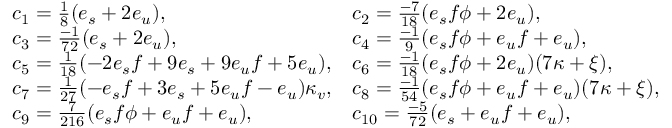
\begin{array} { l l } { { c _ { 1 } = { \frac { 1 } { 8 } } ( e _ { s } + 2 e _ { u } ) , } } & { { c _ { 2 } = { \frac { - 7 } { 1 8 } } ( e _ { s } f \phi + 2 e _ { u } ) , } } \\ { { c _ { 3 } = { \frac { - 1 } { 7 2 } } ( e _ { s } + 2 e _ { u } ) , } } & { { c _ { 4 } = { \frac { - 1 } { 9 } } ( e _ { s } f \phi + e _ { u } f + e _ { u } ) , } } \\ { { c _ { 5 } = { \frac { 1 } { 1 8 } } ( - 2 e _ { s } f + 9 e _ { s } + 9 e _ { u } f + 5 e _ { u } ) , } } & { { c _ { 6 } = { \frac { - 1 } { 1 8 } } ( e _ { s } f \phi + 2 e _ { u } ) ( 7 \kappa + \xi ) , } } \\ { { c _ { 7 } = { \frac { 1 } { 2 7 } } ( - e _ { s } f + 3 e _ { s } + 5 e _ { u } f - e _ { u } ) \kappa _ { v } , } } & { { c _ { 8 } = { \frac { - 1 } { 5 4 } } ( e _ { s } f \phi + e _ { u } f + e _ { u } ) ( 7 \kappa + \xi ) , } } \\ { { c _ { 9 } = { \frac { 7 } { 2 1 6 } } ( e _ { s } f \phi + e _ { u } f + e _ { u } ) , } } & { { c _ { 1 0 } = { \frac { - 5 } { 7 2 } } ( e _ { s } + e _ { u } f + e _ { u } ) , } } \end{array}